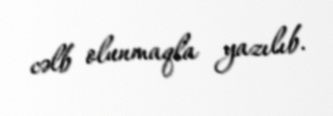
cəlb olunmaqla yazılıb.